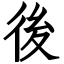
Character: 後